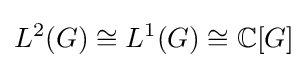
L^{2}(G)\cong L^{1}(G)\cong \mathbb {C} [G]